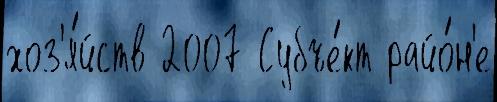
хоз'я́йств 2007 Субъе́кт райо́н'е